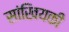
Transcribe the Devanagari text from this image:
सांखियकी